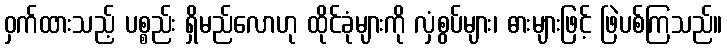
ဝှက်ထားသည့် ပစ္စည်း ရှိမည်လောဟု ထိုင်ခုံများကို လှံစွပ်များ၊ ဓားများဖြင့် ဖြဲပစ်ကြသည်။